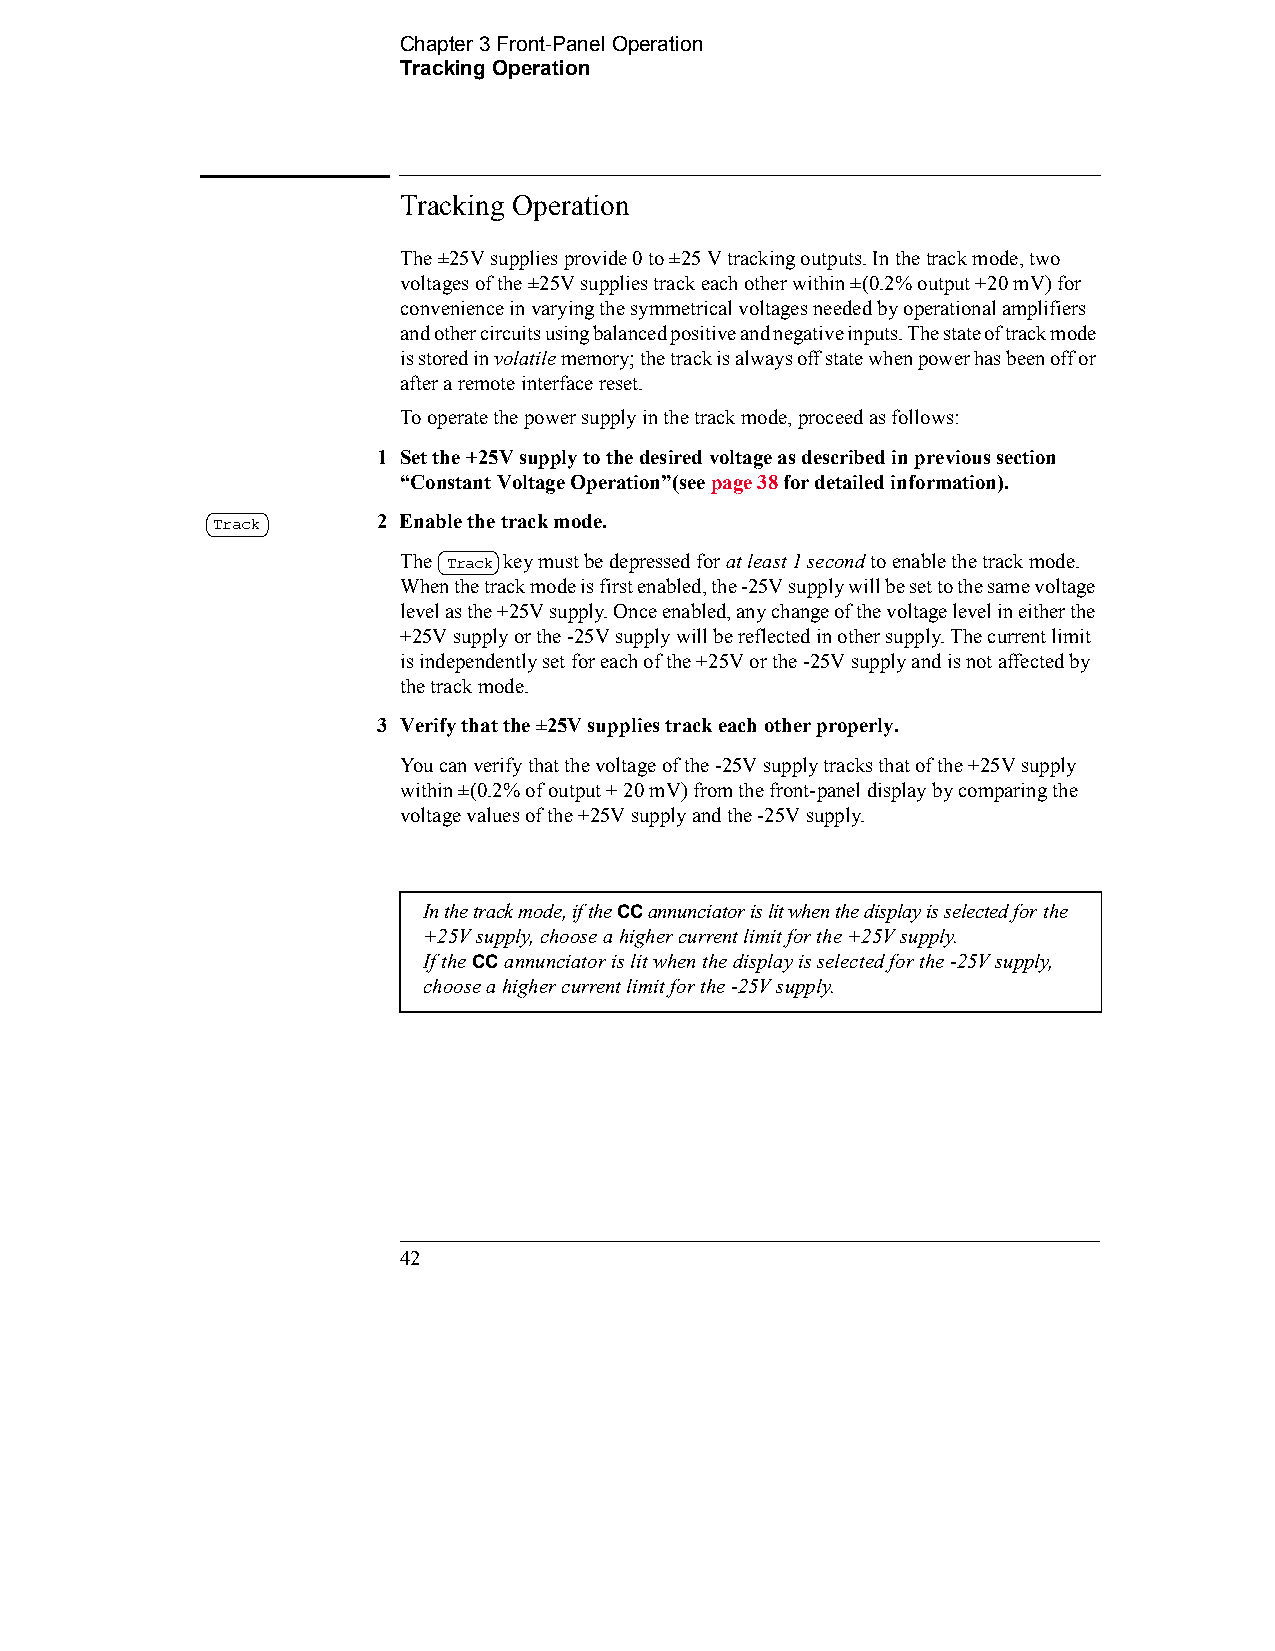
Chapter 3 Front-Panel Operation         
 Tracking Operation
 Tracking Operation
 The ±25V supplies provide 0 to ±25 V tracking outputs. In the track mode, two
 voltages of the ±25V supplies track each other within ±(0.2% output +20 mV) for
 convenience in varying the symmetrical voltages needed by operational amplifiers
 and other circuits using balanced positive and negative inputs. The state of track mode
 is stored in volatile memory; the track is always off state when power has been off or
 after a remote interface reset.
 To operate the power supply in the track mode, proceed as follows:
 1 Set the +25V supply to the desired voltage as described in previous section
 “Constant Voltage Operation”(see page 38 for detailed information).
 Track      2 Enable the track mode.
 The Track key must be depressed for at least 1 second to enable the track mode.
 When the track mode is first enabled, the -25V supply will be set to the same voltage
 level as the +25V supply. Once enabled, any change of the voltage level in either the
 +25V supply or the -25V supply will be reflected in other supply. The current limit
 is independently set for each of the +25V or the -25V supply and is not affected by
 the track mode.
 3 Verify that the ±25V supplies track each other properly.
 You can verify that the voltage of the -25V supply tracks that of the +25V supply
 within ±(0.2% of output + 20 mV) from the front-panel display by comparing the
 voltage values of the +25V supply and the -25V supply.
 In the track mode, if the CC annunciator is lit when the display is selected for the
 +25V supply, choose a higher current limit for the +25V supply. 
 If the CC annunciator is lit when the display is selected for the -25V supply,
 choose a higher current limit for the -25V supply.
 42                                             